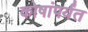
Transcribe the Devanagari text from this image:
कोषांपर्यंत